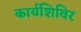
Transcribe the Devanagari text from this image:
कार्यशिविर